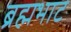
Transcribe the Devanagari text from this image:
ब्रह्मभाट